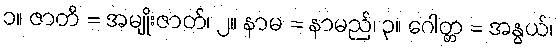
၁။ ဇာတိ = အမျိုးဇာတ်၊ ၂။ နာမ = နာမည်၊ ၃။ ဂေါတ္တ = အနွယ်၊